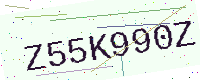
Text: Z55K990Z